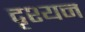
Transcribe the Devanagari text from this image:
दृश्यन